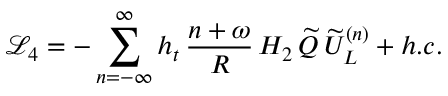
\mathcal { L } _ { 4 } = - \sum _ { n = - \infty } ^ { \infty } h _ { t } \, \frac { n + \omega } { R } \, H _ { 2 } \, \widetilde { Q } \, \widetilde { U } _ { L } ^ { ( n ) } + h . c .